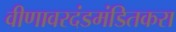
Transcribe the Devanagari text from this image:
वीणावरदंडमंडितकरा